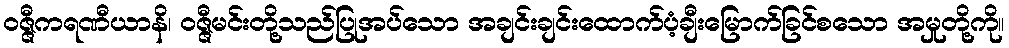
ဝဇ္ဇီကရဏီယာနိ၊ ဝဇ္ဇီမင်းတို့သည်ပြုအပ်သော အချင်းချင်းထောက်ပံ့ချီးမြောက်ခြင်စသော အမှုတို့ကို။